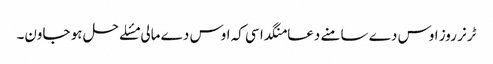
ٹرنر روز اوس دے سامنے دعا منگدا سی کہ اوس دے مالی مسٔلے حل ہو جاون۔